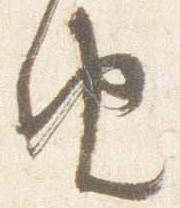
由